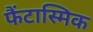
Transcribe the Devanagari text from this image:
फैंटास्मिक